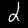
Digit: 2